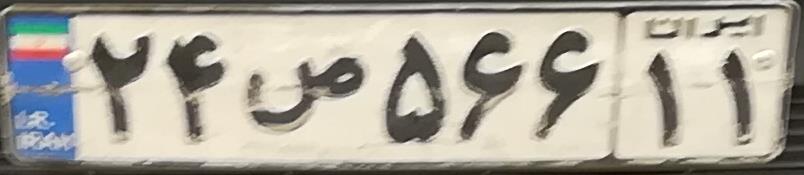
۲۴ص۵۶۶۱۱